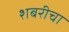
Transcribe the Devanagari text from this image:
शबरीचा